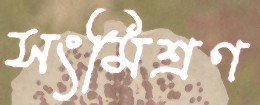
সংমিশ্রণ